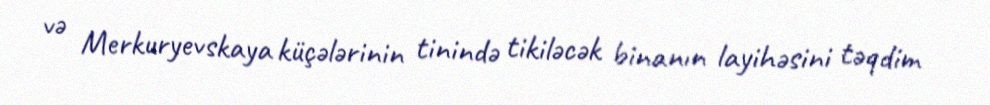
və Merkuryevskaya küçələrinin tinində tikiləcək binanın layihəsini təqdim